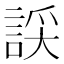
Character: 𧨞